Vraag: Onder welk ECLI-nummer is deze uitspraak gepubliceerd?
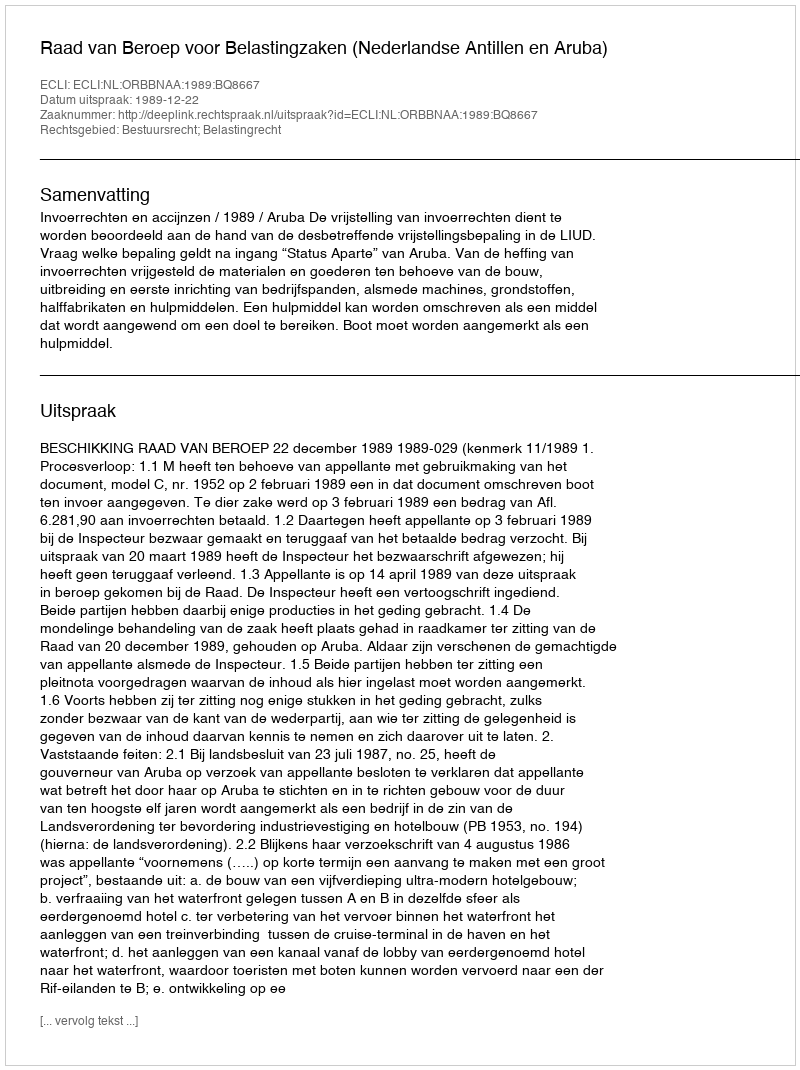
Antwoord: ECLI:NL:ORBBNAA:1989:BQ8667